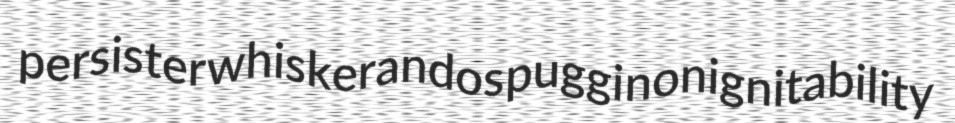
persister whiskerandos puggi nonignitability